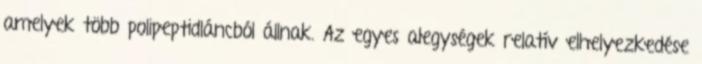
amelyek több polipeptidláncból állnak. Az egyes alegységek relatív elhelyezkedése